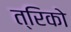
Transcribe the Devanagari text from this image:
त्रिको